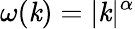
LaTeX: \omega(\mathit{k})=|\mathit{k}|^{\alpha}